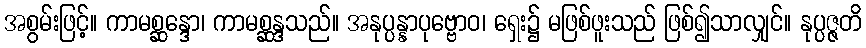
အစွမ်းဖြင့်။ ကာမစ္ဆန္ဒော၊ ကာမစ္ဆန္ဒသည်။ အနုပ္ပန္နာပုဗ္ဗောဝ၊ ရှေး၌ မဖြစ်ဖူးသည် ဖြစ်၍သာလျှင်။ နုပ္ပဇ္ဇတိ